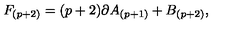
F _ { ( p + 2 ) } = ( p + 2 ) \partial A _ { ( p + 1 ) } + B _ { ( p + 2 ) } ,